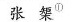
张榘^{①}